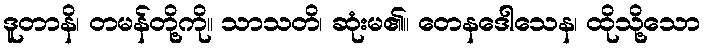
ဒူတာနိ၊ တမန်တို့ကို။ သာသတိ၊ ဆုံးမ၏။ တေနဒေါသေန၊ ထိုသို့သော